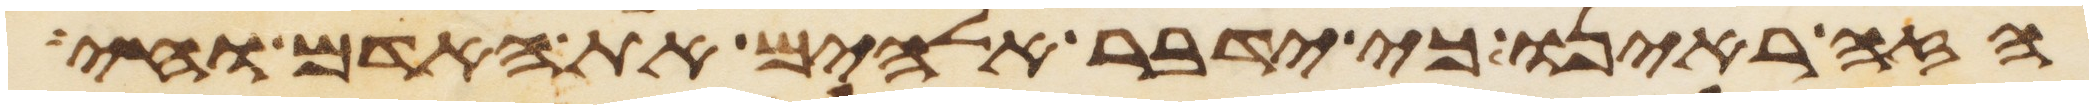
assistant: הזה ראינו כי ידבר אלהים את האדם וחי